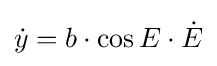
{\dot {y}}=b\cdot \cos E\cdot {\dot {E}}